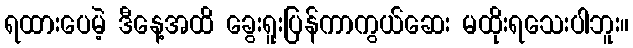
ရထားပေမဲ့ ဒီနေ့အထိ ခွေးရူးပြန်ကာကွယ်ဆေး မထိုးရသေးပါဘူး။